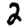
Digit: 2